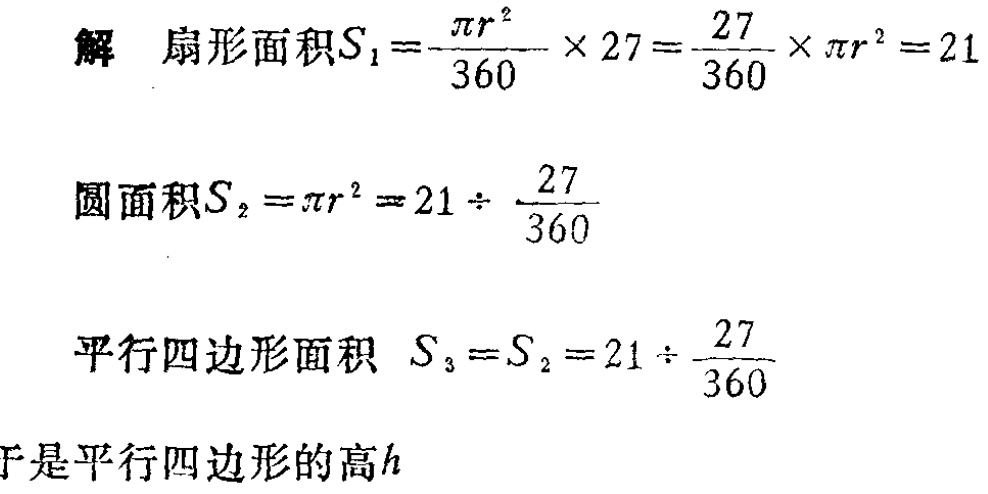
解 扇形面积\(S_{1}=\frac{\pi r^{2}}{360} \times 27=\frac{27}{360} \times \pi r^{2}=21\)
圆面积\(S_{2}=\pi r^{2}=21 \div \frac{27}{360}\)
平行四边形面积 \(S_{3}=S_{2}=21 \div \frac{27}{360}\)
于是平行四边形的高\(h\)